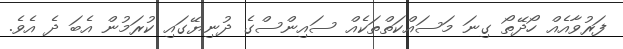
ފަރުވާއެއް ހޯދޭތޯ ގިނަ މަސައްކަތްތަކެއް ސައިންސްގެ ދުނިޔޭގައި ކުރަމުން އެބަ ދެ އެވެ.